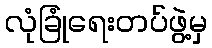
လုံခြုံရေးတပ်ဖွဲ့မှ